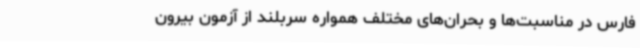
فارس در مناسبت‌ها و بحران‌های مختلف همواره سربلند از آزمون بیرون